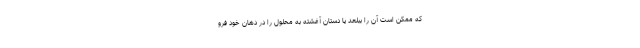
که ممکن است آن را ببلعد یا دستان آغشته به محلول را در دهان خود فرو